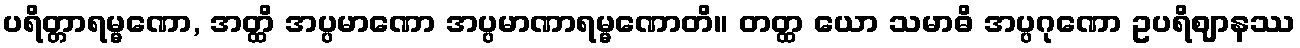
ပရိတ္တာရမ္မဏော, အတ္ထိ အပ္ပမာဏော အပ္ပမာဏာရမ္မဏောတိ။ တတ္ထ ယော သမာဓိ အပ္ပဂုဏော ဥပရိဈာနဿ